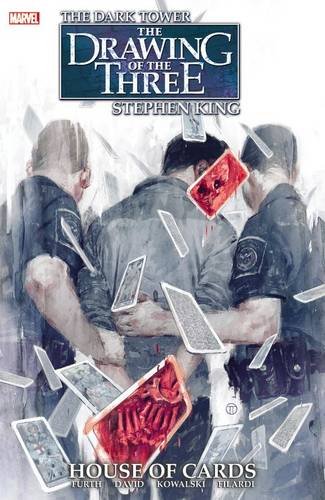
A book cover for Dark Tower: The Drawing of the Three: House of Cards; Robin Furth; Comics & Graphic Novels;